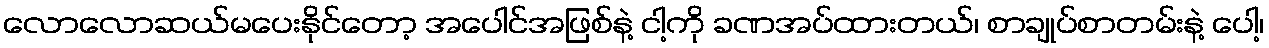
လောလောဆယ်မပေးနိုင်တော့ အပေါင်အဖြစ်နဲ့ ငါ့ကို ခဏအပ်ထားတယ်၊ စာချုပ်စာတမ်းနဲ့ ပေါ့၊